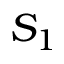
S _ { 1 }